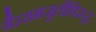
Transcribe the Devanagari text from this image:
गैरसमजुतींविरुद्ध